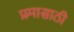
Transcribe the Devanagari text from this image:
प्रमासाठी